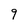
Character: 9